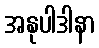
အနုပါဒါနာ